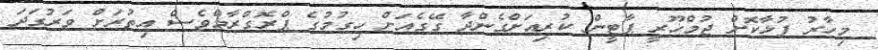
މިހާރު ފުޅާކޮށް ޖުމްހޫރީ ޕާޓީން ކުރިއަށްގެންދާ ގޭގެއަށް ހިގުމުގެ ޕްރޮގްރާމްވެސް އިތުރަށް ވަރުގަދަ